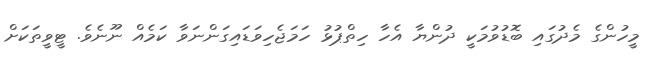
މީހުންގެ މެދުގައި ބޮޑުވުމަކީ ދުންޔާ އެހާ ހިތްޕުޅު ހަމަޖެހިވަޑައިގަންނަވާ ކަމެއް ނޫނެވެ. ޓީވީތަކަށް